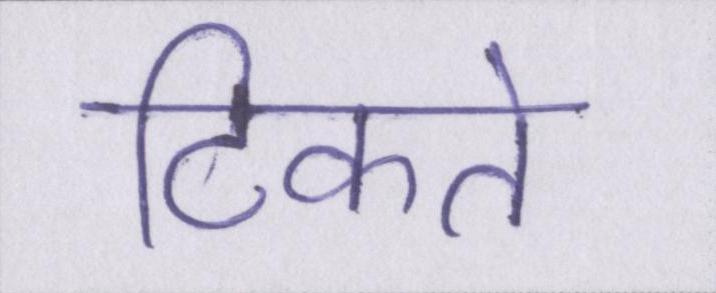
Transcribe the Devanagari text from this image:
टिकते